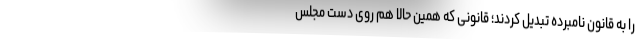
را به قانون نامبرده تبدیل کردند؛ قانونی که همین حالا هم روی دست مجلس